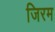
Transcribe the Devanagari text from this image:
जिरम